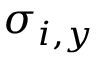
\sigma _ { i , y }